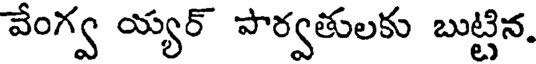
వేంగ్వ య్యర్ పార్వతులకు బుట్టిన.